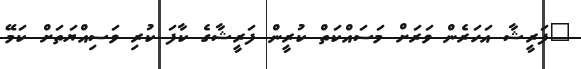
"ފަރީޝާ އަހަރެން ވަރަށް މަސައްކަތް ކުރީން ފަރީޝާގެ ކާފަ ކުރި ވަސިއްޔަތަށް ކަމޭ